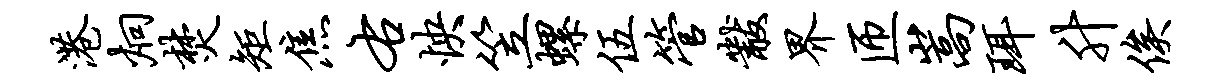
港炯焚矩焦右怏笠螺伍管黻界匝嵩珥升俟